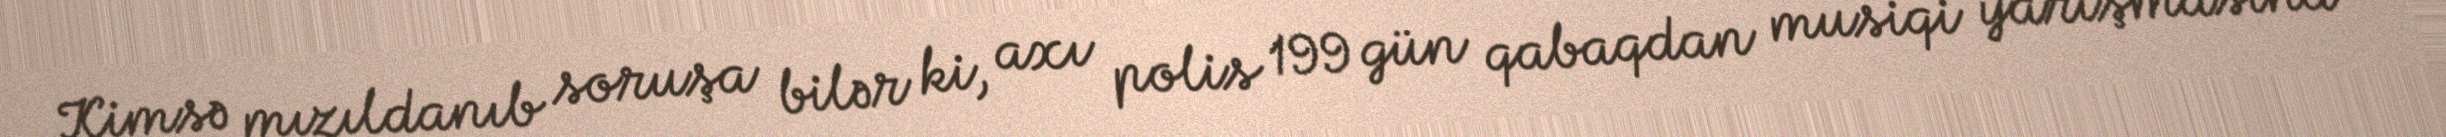
Kimsə mızıldanıb soruşa bilər ki, axı polis 199 gün qabaqdan musiqi yarışmasına